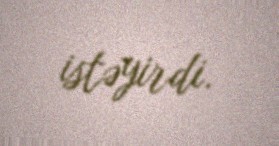
istəyirdi.